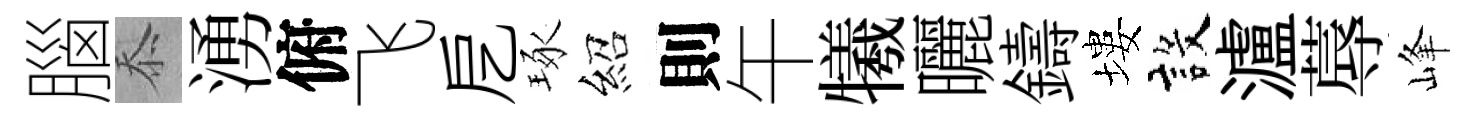
腦忝湧俯飞戹琢紹則午犧曬鑄塿設瀘蓐峰